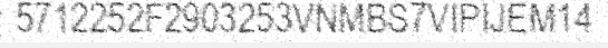
5712252F2903253VNMBS7VIPIJEM14